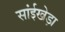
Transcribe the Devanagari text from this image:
सांईखेड़ा